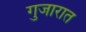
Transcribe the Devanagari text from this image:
गुजारात